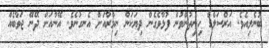
ބުނެލިއެވެ. އަރްސަލްގެ ހިނިތުންވުން ފުޅާވެގެން ދިޔަކަން ނިމްރާއަށް އެނގުނެވެ. އޭނާއަށް ދޭނޭ ޖަވާބެއް